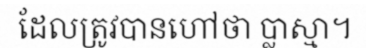
ដែលត្រូវបានហៅថា ប្លាស្មា។